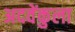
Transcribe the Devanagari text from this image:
अदवेंकुला